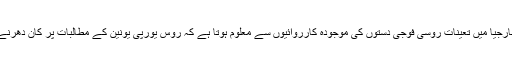
ذرائع ابلاغ کے مطابق جارجیا میں تعینات روسی فوجی دستوں کی موجودہ کارروائیوں سے معلوم ہوتا ہے کہ روس یورپی یونین کے مطالبات پر کان دھرنے کے لئے تیار نہیں ہے ۔